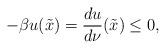
LaTeX: \begin{align*}{-\beta u(\tilde{x})=\dfrac{d u}{d \nu}(\tilde{x})\leq 0,}\end{align*}